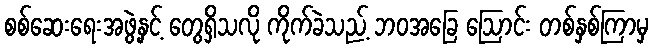
စစ်ဆေးရေးအဖွဲ့နှင့် တွေရှိသလို ကိုက်ခဲသည့် ဘဝအခြေ ဩောင်း တစ်နှစ်ကြာမှ